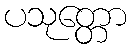
ပသုတ္တော